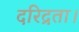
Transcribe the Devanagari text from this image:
दरिद्रता।